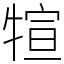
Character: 𤚗